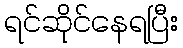
ရင်ဆိုင်နေရပြီး